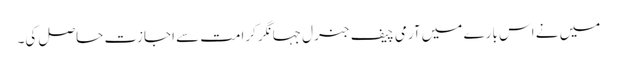
میں نے اس بارے میں آرمی چیف جنرل جہانگر کرامت سے اجازت حاصل کی۔